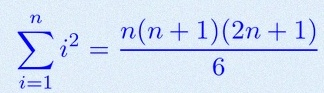
\sum_{i=1}^{n}i^2=\frac{n(n+1)(2n+1)}6